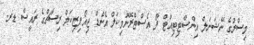
މިސްރުގެ ނޭޝަނަލް އިންސްޓިޓިއުޓް ފޯ އެސްޓްރޮނޮމިކަލް އެންޑް ޖިއޯފިޒިކަލް ރިސާޗްގެ ރައީސް ޑރ.